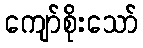
ကျော်စိုးသော်